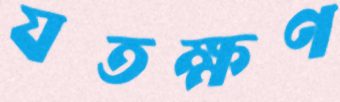
যতক্ষণ